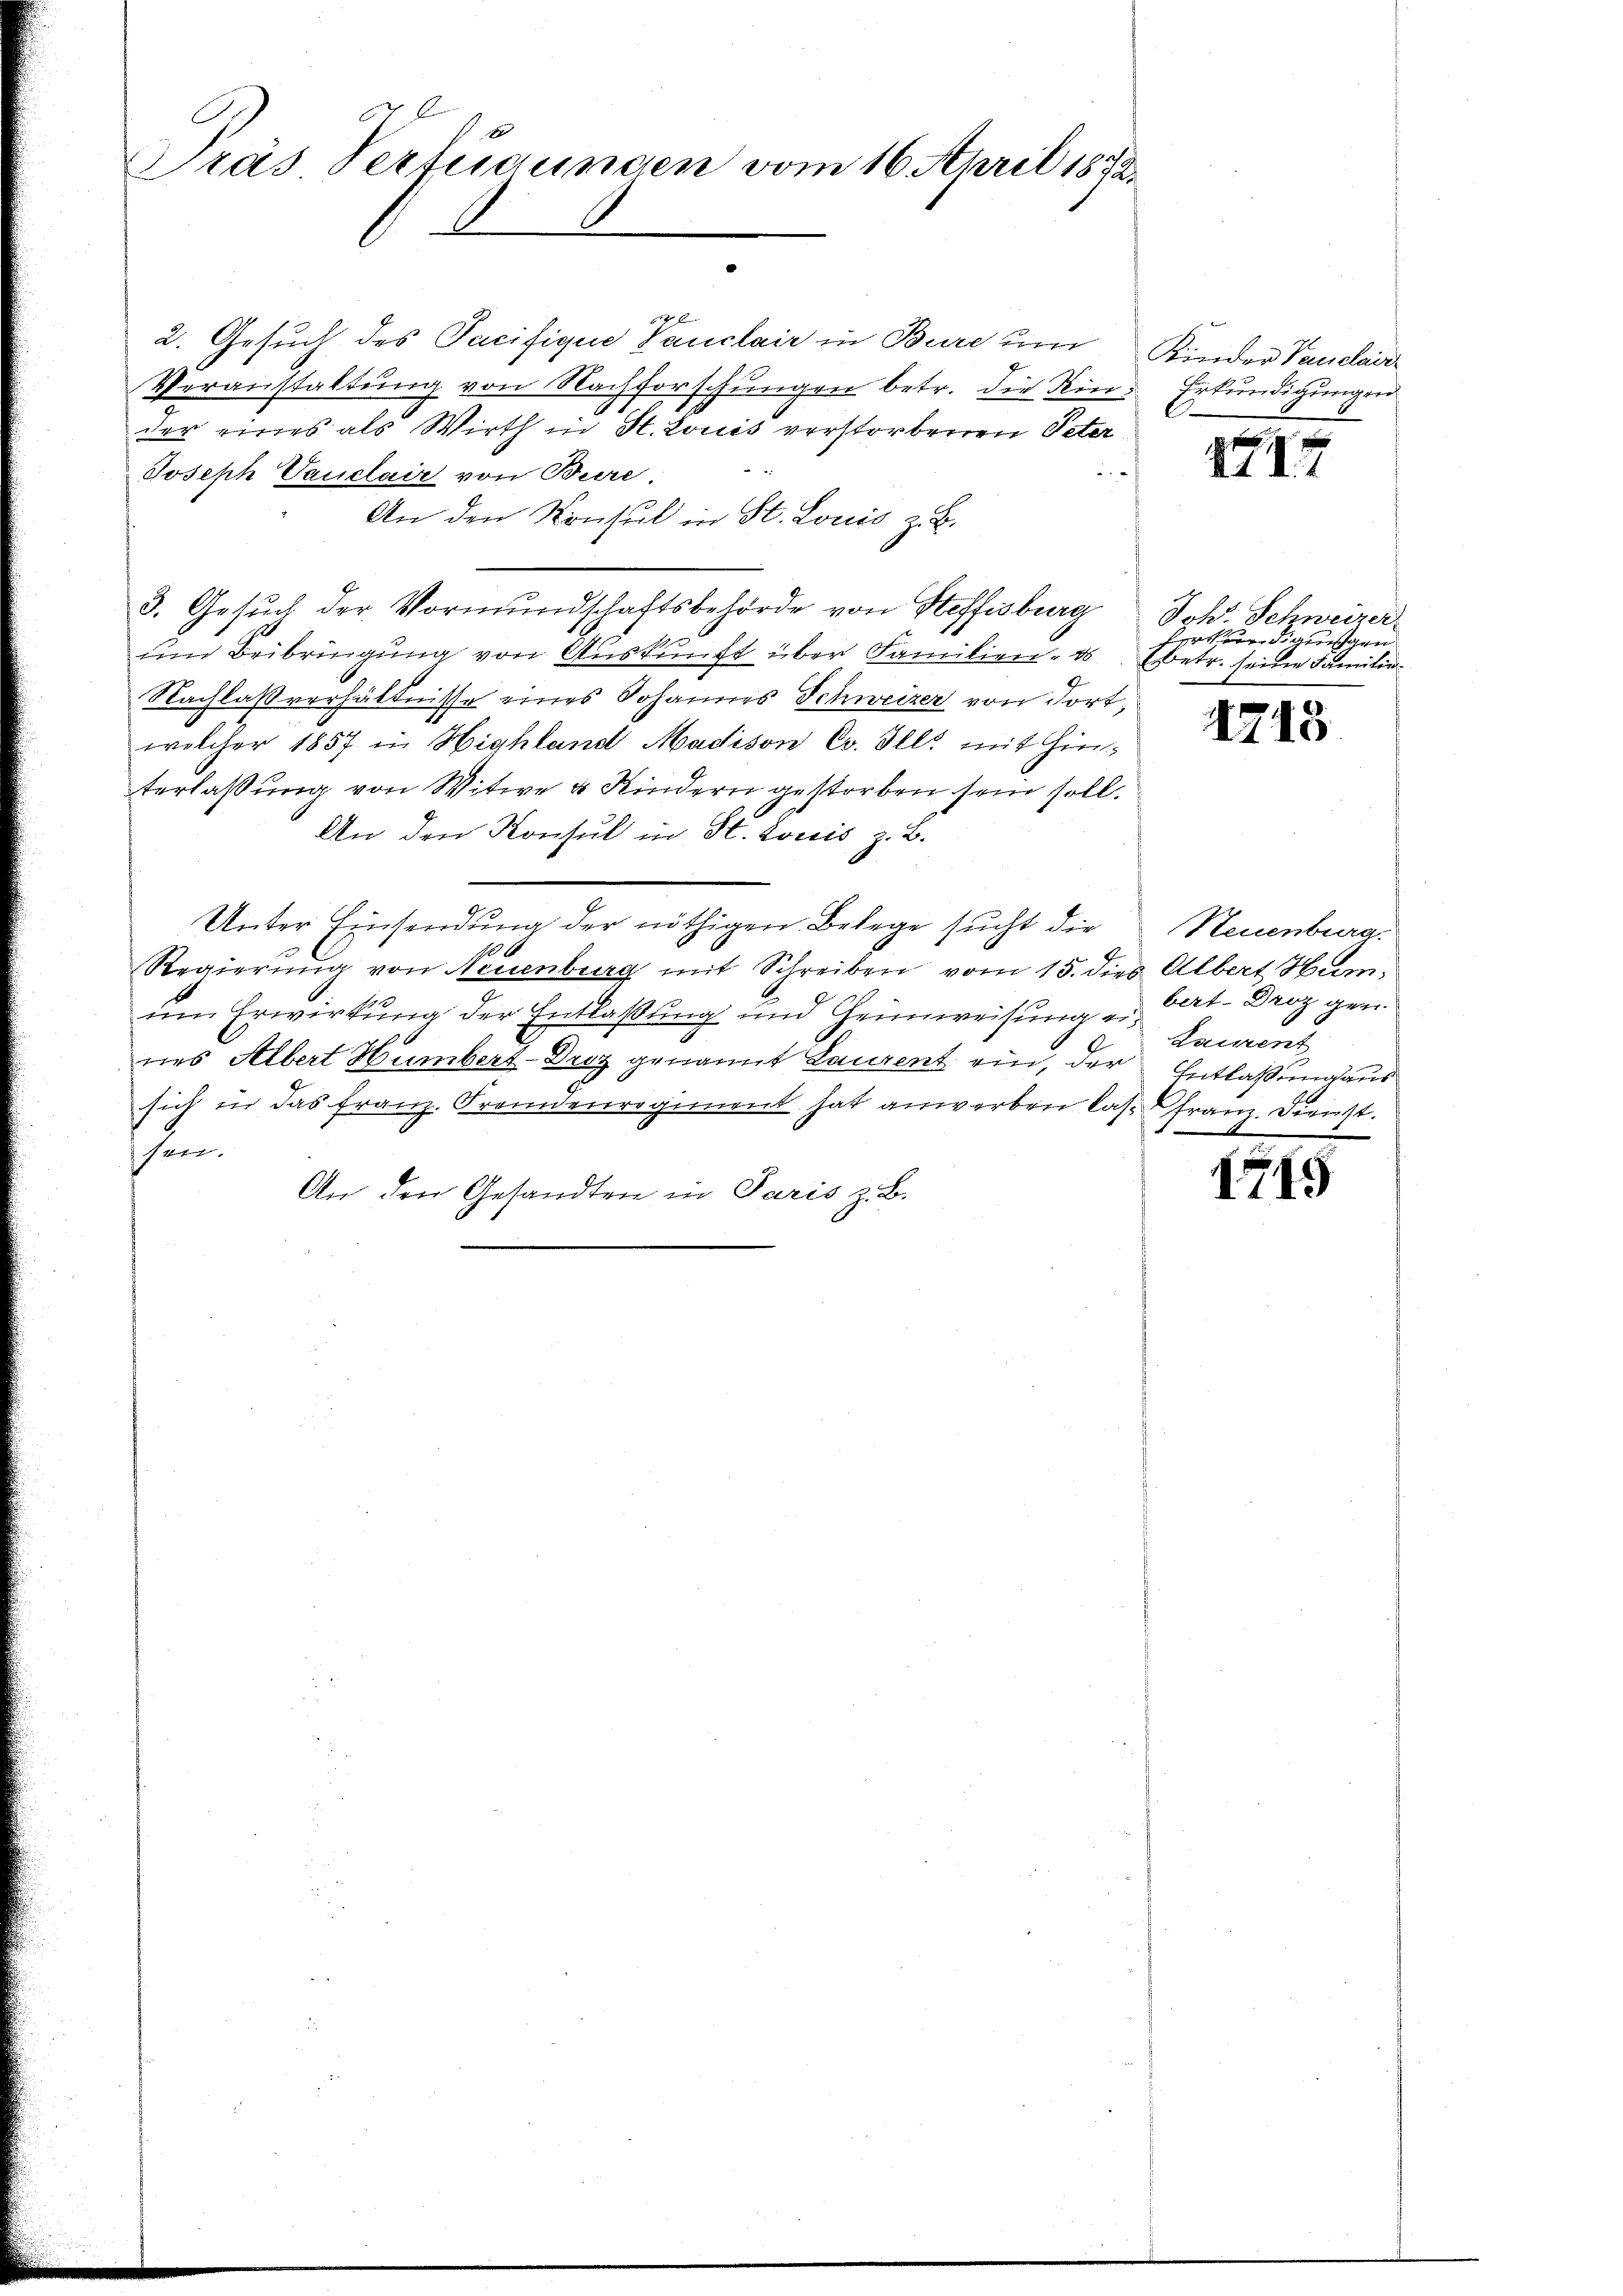
e
2. Gesuch des Tacifique Vauclair in Bure um Kinder Vaulair
Veranstaltung von Nachforschungen betr. die Kinder eines als Wirth in St. Louis verstorbenen Peter¬
Joseph Vauclair von Bure.
An den Konsul in St. Louis z. B.
3. Gesuch der Vormundschaftsbehörde von Steffisburg
um Beibringung von Auskunft über Familien, es betr. seine Familie
Nachlaßverhältnisse eines Johannes Schweizer von dortwelcher 1857 in Highland Madison Cv. Ill. mit Hinterlaßung von Witwe u Kindern gestorben sein soll.
An den Konsul in St. Louis z. B.
Unter Einsendung der nöthigen Belege sucht die
Regierŭng von Neuenburg mit Schreiben vom 15. dies Albert Humum Erwirkung der Entlaßung und Heimweisung u. Cat. Droz gen
nes Albert Humbert-Droz genannt Laurent ein, der Entlassung aus
sich in das franz. Frennenregiment hat anwerben las Franz. Dienst.
sen.
An den Gesandten in Paris z. B.

Pras Verfügungen vom 16. April 1873.

Erkundigungen

714

Johs. Schweizer
redigungen

1715

Neuenburg.
Laurent

1715